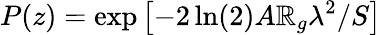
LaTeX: P(z)=\exp\left[-2\ln(2)A\mathbb{R}_{g}\lambda^{2}/S\right]